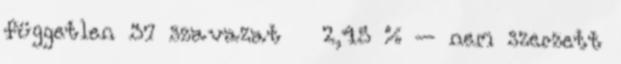
független 37 szavazat 2,45 % – nem szerzett